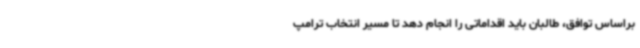
براساس توافق، طالبان باید اقداماتی را انجام دهد تا مسیر انتخاب ترامپ